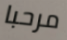
مرحبا